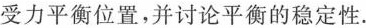
受力平衡位置，并讨论平衡的稳定性。